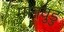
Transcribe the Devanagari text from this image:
मानवुडु